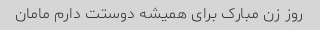
روز زن مبارک برای همیشه دوستت دارم مامان